Report on vaccination in Madras 1904-1921 - 1904-1921
Year: 1904
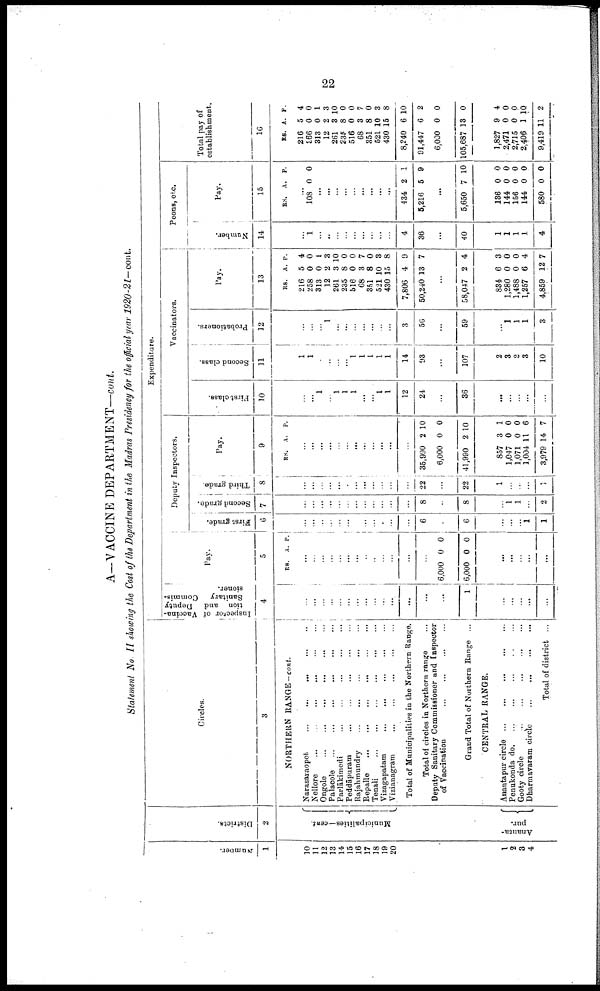
22
A—VACCINE DEPARTMENT—cont.
Statement No. II showing the Cost of the Department in the Madras Presidency for the official year 1920-21—cont.
Number.
1
10
11
12
13
14
15
16
17
18
19
20
1
2
3
4
Districts.
2
Municipalities—cent.
Ananta-
pur.
Circles.
3
NORTHERN RANGE—cont.
Narasaraopet
...
...
...
...
...
Nellore
...
...
...
...
...
...
Ongole ... ... ... ... ... ...
Palacole
...
...
...
...
...
...
Parlākimedi
...
...
...
...
...
...
Peddāpuram
...
...
...
...
...
Rajahmundry
...
...
...
...
...
Repalle
...
...
...
...
...
Tenali
...
...
...
...
...
...
Vizagapatam
...
...
...
...
...
Vizianagram ... ... ... ... ...
Total of Municipalities in the Northern Range.
Total of circles in Northern range ...
Deputy Sanitary Commissioner and Inspector
of Vaccination
...
...
...
...
Grand Total of Northern Range ...
CENTRAL RANGE.
Anantapur circle ... ... ... ... ...
Penukonda d
o
. ... ... ... ... ...
Gooty circle
...
...
...
...
...
Dharmavaram circle
...
...
...
...
Total of district ...
Expenditure.
Inspector of Vaccina
tion and
Deputy
Sanitary
Commis
sioner.
4
...
...
...
...
...
...
...
...
...
...
...
...
...
...
1
...
...
...
...
...
Pay.
5
RS. A. P.
...
...
...
...
...
...
...
...
...
...
...
...
...
6,000
6,000
0
0
0
0
...
...
...
...
...
Deputy Inspectors.
First grade.
6
...
...
...
...
...
...
...
...
...
...
...
...
6
...
6
...
...
...
1
1
Second grade.
7
...
...
...
...
...
...
...
...
...
...
...
...
8
...
8
...
1
1
...
2
Third grade.
8
...
...
...
...
...
...
...
...
...
...
...
...
22
...
22
1
...
...
...
1
Pay.
9
RS. A. P.
...
...
...
...
...
...
...
...
...
...
...
...
35,990
6,000
41,990
857
1,047
1,071
1,004
3,979
2
0
2
3
0
0
11
14
10
0
10
1
0
0
6
7
Vaccinators.
First class.
10
...
...
1
...
1
1
1
...
...
1
1
12
24
...
36
...
...
...
...
...
Second class.
11
1
1
...
...
...
...
1
1
1
1
1
14
93
...
107
2
3
2
3
10
Probationers.
12
...
...
...
1
...
...
...
...
...
...
...
3
56
...
59
...
1
1
1
3
Pay.
13
RS.
216
258
313
12
261
235
516
68
351
521
430
7,806
50,240
A.
5
0
0
2
3
8
0
3
8
10
15
4
13
P.
4
0
1
3
10
0
0
7
0
3
8
9
7
...
58,047 2 4
834
1,280
1,488
1,257
4,859
6
0
0
6
12
3
0
0
4
7
Peons, etc.
Number.
14
...
1
...
...
...
...
...
...
...
...
...
4
36
...
40
1
1
1
1
4
Pay.
15
RS. A. P.
...
108 0 0
...
...
...
...
...
...
...
...
...
434
5,216
2
5
1
9
...
5,650 7 10
136
144
156
144
580
0
0
0
0
0
0
0
0
0
0
Total pay of
establishment.
16
RS.
216
366
313
12
261
235
516
68
351
521
430
8,240
91,447
6,000
105,687
1,827
2,471
2,715
2,406
9,419
A.
5
0
0
2
3
8
0
3
8
10
15
6
6
0
13
9
0
0
1
11
P.
4
0
1
3
10
0
0
7
0
3
8
10
2
0
0
4
0
0
10
2